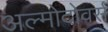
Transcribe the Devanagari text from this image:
अल्मोदोवर्स